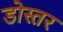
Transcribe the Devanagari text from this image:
डोस्तर